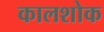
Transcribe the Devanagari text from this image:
कालशोक